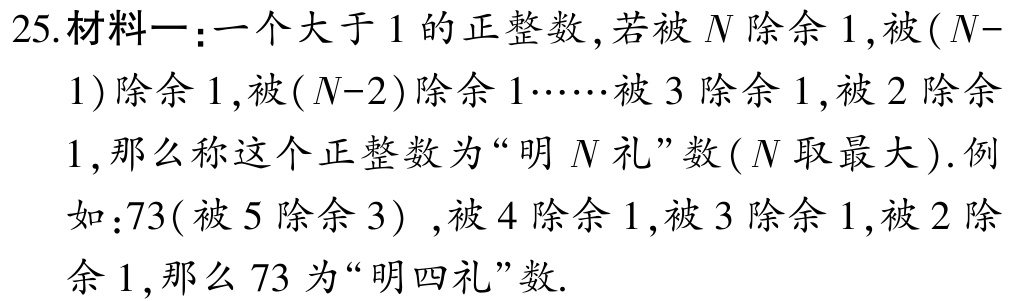
25.材料一：一个大于1的正整数，若被\(N\)除余1，被\((N - 1)\)除余1，被\((N - 2)\)除余1……被3除余1，被2除余1，那么称这个正整数为“明\(N\)礼”数(\(N\)取最大). 例如：73(被5除余3) ，被4除余1，被3除余1，被2除余1，那么73为“明四礼”数.